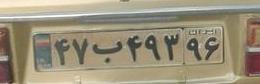
۴۷ب۴۹۳۹۶